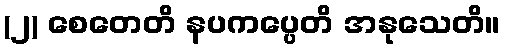
(၂) စေတေတိ နပကပ္ပေတိ အနုသေတိ။